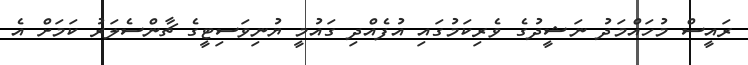
ރައީސް މުހައްމަދު ނަޝީދުގެ ވެރިކަމުގައި އުފެއްދި ގައުމީ ޔުނިވަސިޓީގެ ޗާންސެލަރު ކަމަށް އެ